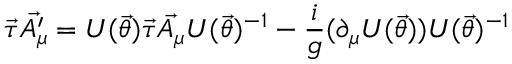
\vec { \tau } \vec { A _ { \mu } ^ { \prime } } = U ( \vec { \theta } ) \vec { \tau } \vec { A _ { \mu } } U ( \vec { \theta } ) ^ { - 1 } - \frac { i } { g } ( \partial _ { \mu } U ( \vec { \theta } ) ) U ( \vec { \theta } ) ^ { - 1 }